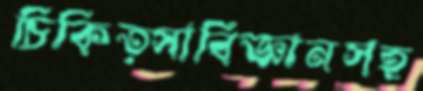
চিকিত্সাবিজ্ঞানসহ